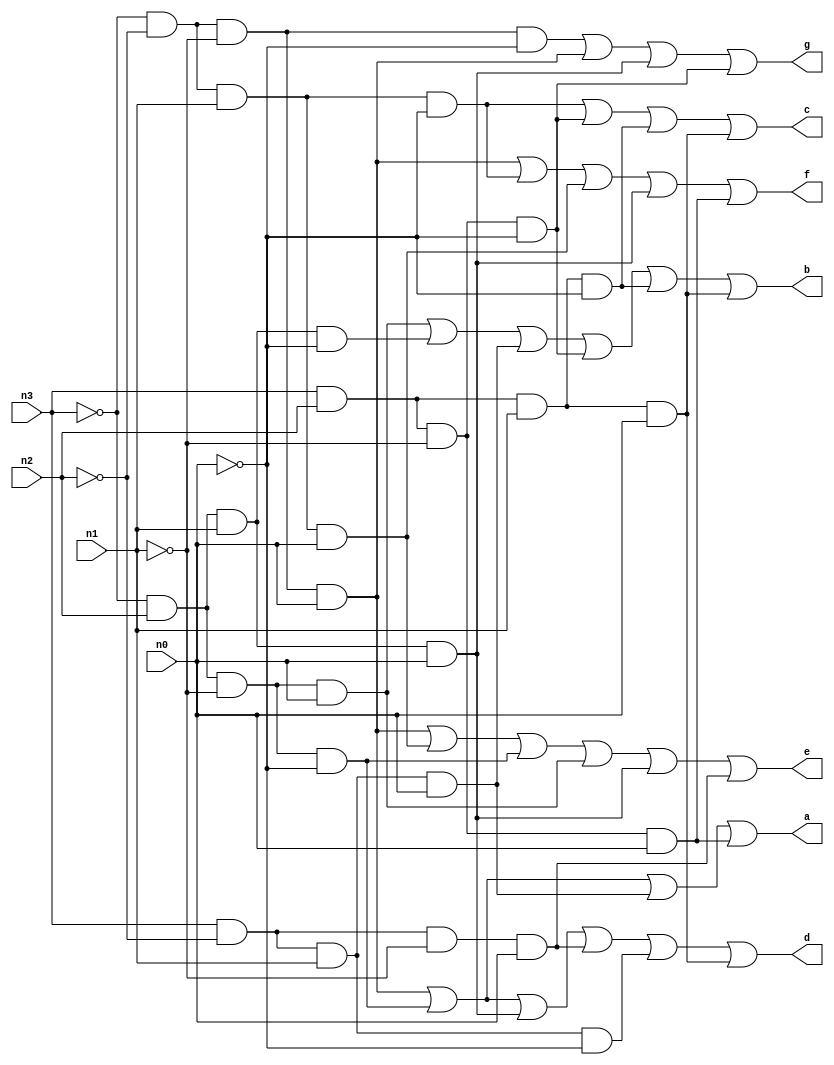
module hex7seg ( //from lab 2
        input n3,
        input n2,
        input n1,
        input n0,
        output a,
        output b,
        output c,
        output d,
        output e,
        output f,
        output g
    );
    assign a = (~n3 & ~n2 & ~n1 & n0) | (~n3 & n2 & ~n1 & ~n0) | (n3 & ~n2 & n1 & n0) | (n3 & n2 & ~n1 & n0);
    assign b = (~n3 & n2 & ~n1 & n0) | (~n3 & n2 & n1 & ~n0) | (n3 & ~n2 & n1 & n0) | (n3 & n2 & ~n1 & ~n0) | (n3 & n2 & n1 & ~n0) | (n3 & n2 & n1 & n0);
    assign c = (~n3 & ~n2 & n1 & ~n0) | (n3 & n2 & ~n1 & ~n0) | (n3 & n2 & n1 & ~n0) | (n3 & n2 & n1 & n0);
    assign d = (~n3 & ~n2 & ~n1 & n0) | (~n3 & n2 & ~n1 & ~n0) | (~n3 & n2 & n1 & n0) | (n3 & ~n2 & ~n1 & n0) | (n3 & ~n2 & n1 & ~n0) | (n3 & n2 & n1 & n0);
    assign e = (~n3 & ~n2 & ~n1 & n0) | (~n3 & ~n2 & n1 & n0) | (~n3 & n2 & ~n1 & ~n0) | (~n3 & n2 & ~n1 & n0) | (~n3 & n2 & n1 & n0) | (n3 & ~n2 & ~n1 & n0);
    assign f = (~n3 & ~n2 & ~n1 & n0) | (~n3 & ~n2 & n1 & ~n0) | (~n3 & ~n2 & n1 & n0) | (~n3 & n2 & n1 & n0) | (n3 & n2 & ~n1 & n0);
    assign g = (~n3 & ~n2 & ~n1 & ~n0) | (~n3 & ~n2 & ~n1 & n0) | (~n3 & n2 & n1 & n0) | (n3 & n2 & ~n1 & ~n0);

endmodule